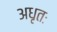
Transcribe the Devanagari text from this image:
अधृतः